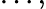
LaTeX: \ldots,